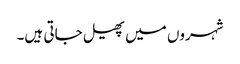
شہروں میں پھیل جاتی ہیں۔